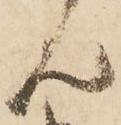
ん